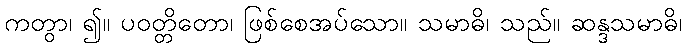
ကတွာ၊ ၍။ ပဝတ္တိတော၊ ဖြစ်စေအပ်သော။ သမာဓိ၊ သည်။ ဆန္ဒသမာဓိ၊